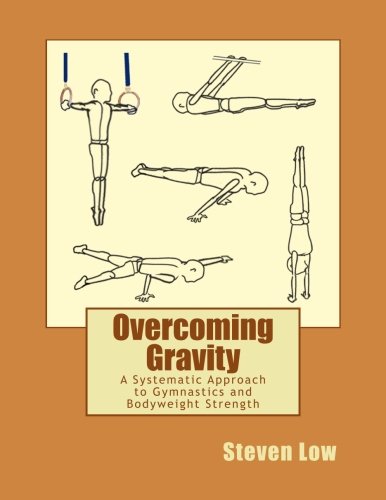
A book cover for Overcoming Gravity: A Systematic Approach to Gymnastics and Bodyweight Strength; Steven Low; Sports & Outdoors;